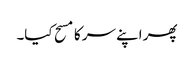
پھر اپنے سر کا مسح کیا۔